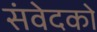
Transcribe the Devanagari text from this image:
संवेदको